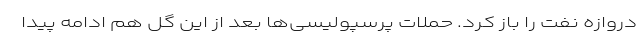
دروازه نفت را باز کرد. حملات پرسپولیسی‌ها بعد از این گل هم ادامه پیدا